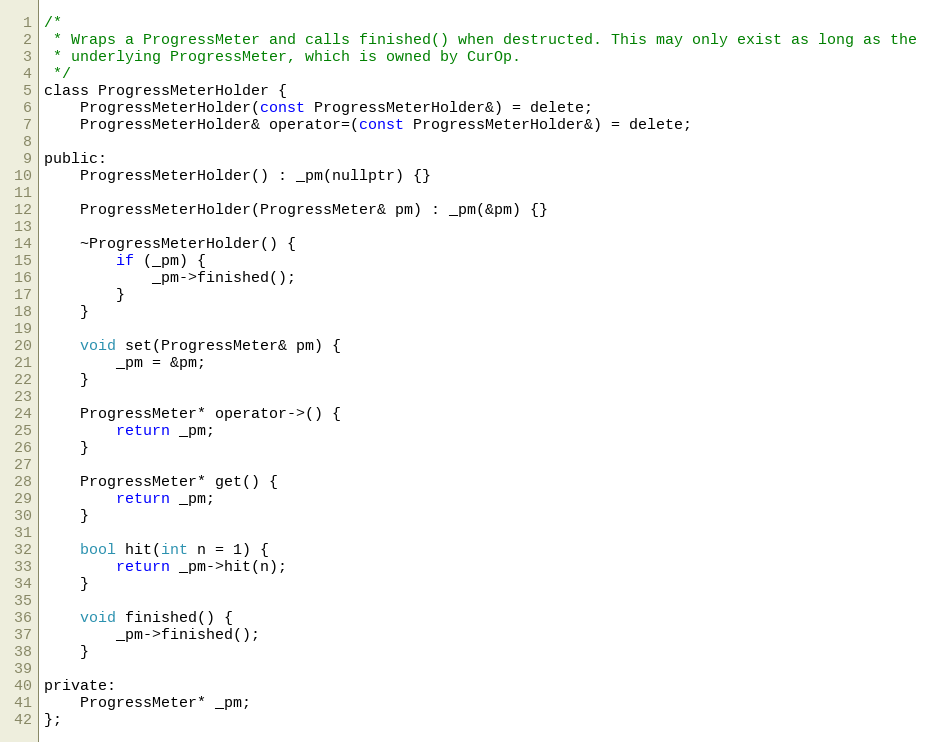
Language: C
/*
 * Wraps a ProgressMeter and calls finished() when destructed. This may only exist as long as the
 * underlying ProgressMeter, which is owned by CurOp.
 */
class ProgressMeterHolder {
    ProgressMeterHolder(const ProgressMeterHolder&) = delete;
    ProgressMeterHolder& operator=(const ProgressMeterHolder&) = delete;

public:
    ProgressMeterHolder() : _pm(nullptr) {}

    ProgressMeterHolder(ProgressMeter& pm) : _pm(&pm) {}

    ~ProgressMeterHolder() {
        if (_pm) {
            _pm->finished();
        }
    }

    void set(ProgressMeter& pm) {
        _pm = &pm;
    }

    ProgressMeter* operator->() {
        return _pm;
    }

    ProgressMeter* get() {
        return _pm;
    }

    bool hit(int n = 1) {
        return _pm->hit(n);
    }

    void finished() {
        _pm->finished();
    }

private:
    ProgressMeter* _pm;
};